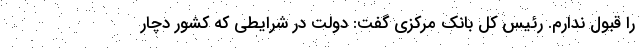
را قبول ندارم. رئیس کل بانک مرکزی گفت: دولت در شرایطی که کشور دچار